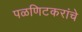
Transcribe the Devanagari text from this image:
पळणिटकरांचे